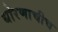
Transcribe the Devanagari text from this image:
धोरणाचीच